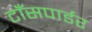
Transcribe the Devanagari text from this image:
टाँसपार्डर